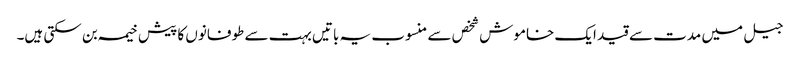
جیل میں مدت سے قید ایک خاموش شخص سے منسوب یہ باتیں بہت سے طوفانوں کا پیش خیمہ بن سکتی ہیں۔